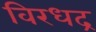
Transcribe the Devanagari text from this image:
विरधद्र